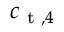
c _ { \textup { t } , 4 }